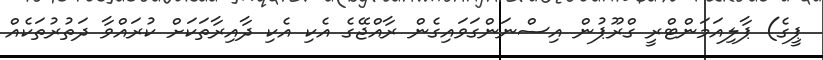
ޕީގެ) ޕާލިއަމަންޓްރީ ގްރޫޕުން އިސްނަންގަވައިގެން ރާއްޖޭގެ އެކި އެކި ދާއިރާތަކަށް ކުރައްވާ ދަތުރުތަކެއް